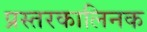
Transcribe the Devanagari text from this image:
प्रस्तरकालिनक